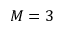
M = 3